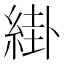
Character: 𦁊